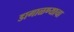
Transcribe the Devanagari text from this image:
डागाळण्याचा